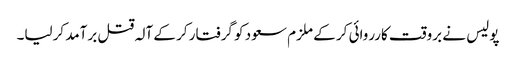
پولیس نے بروقت کارروائی کر کے ملزم سعود کو گرفتار کر کے آلہ قتل برآمد کرلیا۔